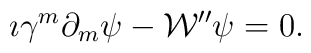
\imath \gamma^{m} \partial_{m} \psi - {\cal W}'' \psi =0.